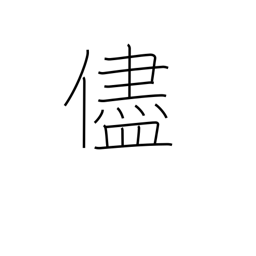
Meaning: because